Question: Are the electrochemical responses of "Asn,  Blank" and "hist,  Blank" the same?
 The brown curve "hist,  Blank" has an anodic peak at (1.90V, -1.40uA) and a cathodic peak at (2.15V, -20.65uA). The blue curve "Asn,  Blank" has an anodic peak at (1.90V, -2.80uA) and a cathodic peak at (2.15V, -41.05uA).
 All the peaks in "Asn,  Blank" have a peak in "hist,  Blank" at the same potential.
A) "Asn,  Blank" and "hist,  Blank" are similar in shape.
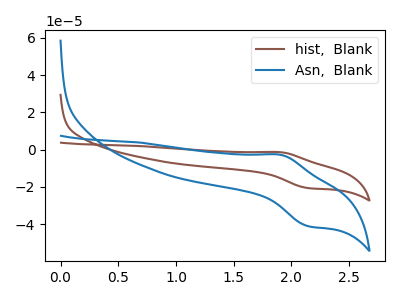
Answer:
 <answer>A) "Asn,  Blank" and "hist,  Blank" are similar in shape.</answer>
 <eval>A</eval>